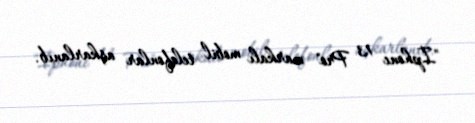
"İphone 13 Pro" markalı mobil telefonlar aşkarlanıb.